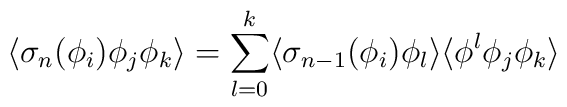
\langle \sigma_n (\phi_i) \phi_j \phi_k \rangle= \sum_{l=0}^{k} \langle \sigma_{n-1} (\phi_i) \phi_l \rangle\langle \phi^{l} \phi_j \phi_k \rangle